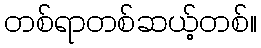
တစ်ရာတစ်ဆယ့်တစ်။